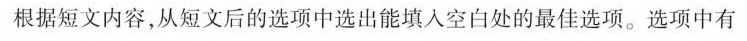
根据短文内容,从短文后的选项中选出能填入空白处的最佳选项.选项中有